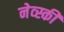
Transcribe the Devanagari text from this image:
नेव्स्की